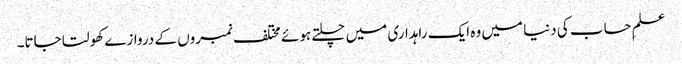
علمِ حساب کی دنیا میں وہ ایک راہداری میں چلتے ہوئے مختلف نمبروں کے دروازے کھولتا جاتا۔